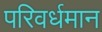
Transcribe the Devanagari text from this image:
परिवर्धमान